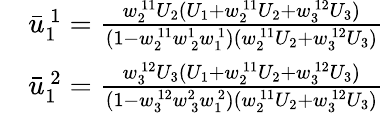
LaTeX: \begin{array}{rl}&{\bar{u}_{1\ }^{\ 1}=\frac{w_{2\ }^{\ 11}U_{2}(U_{1}+w_{2\ }^{\ 11}U_{2}+w_{3\ }^{\ 12}U_{3})}{(1-w_{2\ }^{\ 11}w_{\ 2}^{1\ }w_{1\ }^{\ 1})(w_{2\ }^{\ 11}U_{2}+w_{3\ }^{\ 12}U_{3})}}\\ &{\bar{u}_{1\ }^{\ 2}=\frac{w_{3\ }^{\ 12}U_{3}(U_{1}+w_{2\ }^{\ 11}U_{2}+w_{3\ }^{\ 12}U_{3})}{(1-w_{3\ }^{\ 12}w_{\ 3}^{2\ }w_{1\ }^{\ 2})(w_{2\ }^{\ 11}U_{2}+w_{3\ }^{\ 12}U_{3})}}\end{array}